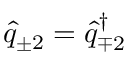
\hat { q } _ { \pm 2 } = \hat { q } _ { \mp 2 } ^ { \dagger }